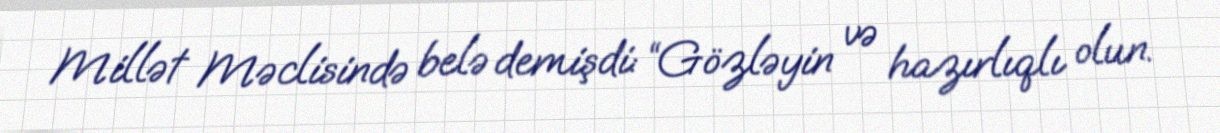
Millət Məclisində belə demişdi: “Gözləyin və hazırlıqlı olun.